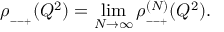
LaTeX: \rho _ { _ { -- + } } ( Q ^ { 2 } ) = \operatorname * { l i m } _ { N \rightarrow \infty } \rho _ { _ { -- + } } ^ { ( N ) } ( Q ^ { 2 } ) .